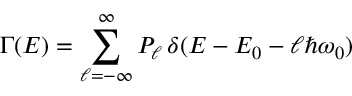
\Gamma ( E ) = \sum _ { \ell = - \infty } ^ { \infty } P _ { \ell } \, \delta ( E - E _ { 0 } - \ell \hbar \omega _ { 0 } )